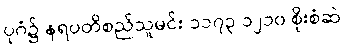
ပုဂံ၌ နရပတိစည်သူမင်း ၁၁၇၃ ၁၂၁၀ စိုးစံဆဲ